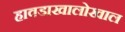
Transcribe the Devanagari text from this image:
हावडाखालोखाल